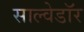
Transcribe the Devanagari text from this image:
साल्वेडॉर